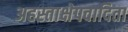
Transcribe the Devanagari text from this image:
अहस्ताक्षेपवादिता